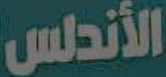
الأندلس